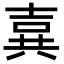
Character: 𪞉